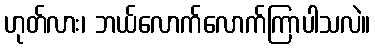
ဟုတ်လား၊ ဘယ်လောက်လောက်ကြာပါသလဲ။